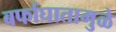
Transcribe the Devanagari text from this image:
बर्फाघातामुळे